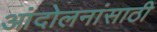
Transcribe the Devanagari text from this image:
आंदोलनांसाठी